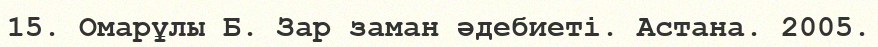
15. Омарұлы Б. Зар заман әдебиеті. Астана. 2005.